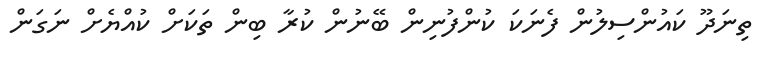
ތިނަދޫ ކައުންސިލުން ފެނަކަ ކުންފުނިން ބޭނުން ކުރާ ބިން ތަކަށް ކުއްޔެށް ނަގަން